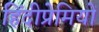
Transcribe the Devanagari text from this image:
हिंदीप्रेमियों